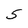
Character: 5